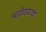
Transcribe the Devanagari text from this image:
महोदयाचा